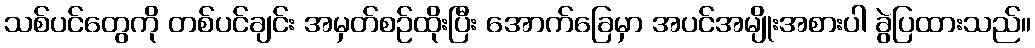
သစ်ပင်တွေကို တစ်ပင်ချင်း အမှတ်စဉ်ထိုးပြီး အောက်ခြေမှာ အပင်အမျိုးအစားပါ ခွဲပြထားသည်။